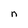
Character: n